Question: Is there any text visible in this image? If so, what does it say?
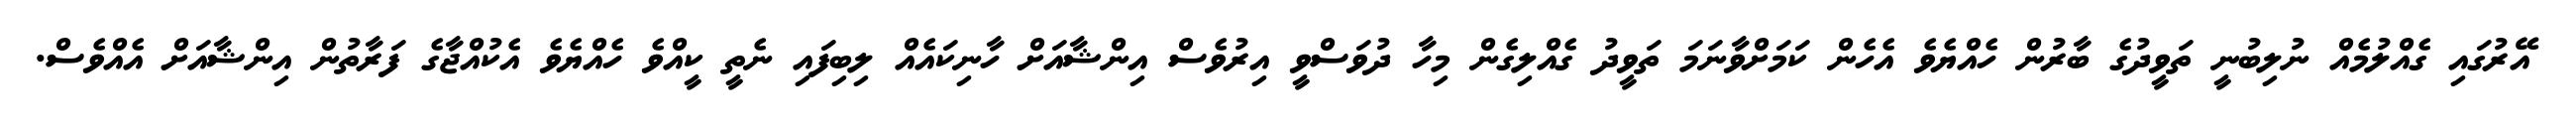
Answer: އޭރުގައި ގެއްލުމެއް ނުލިބުނީ ތަވީދުގެ ބާރުން ހެއްޔެވެ އެހެން ކަމަށްވާނަމަ ތަވީދު ގެއްލިގެން މިހާ ދުވަސްވީ އިރުވެސް އިންޝާއަށް ހާނިކައެއް ލިބިފައި ނެތީ ކީއްވެ ހެއްޔެވެ އެކުއްޖާގެ ފަރާތުން އިންޝާއަށް އެއްވެސް.